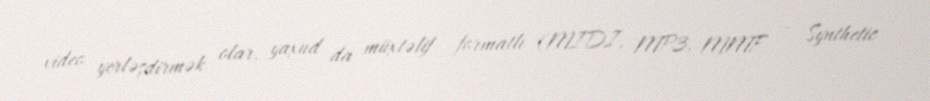
video yerləşdirmək olar, yaxud da müxtəlif formatlı (MIDI, MP3, MMF – Synthetic